Indian journal of veterinary science and animal husbandry - Volume 11,
Year: 1941
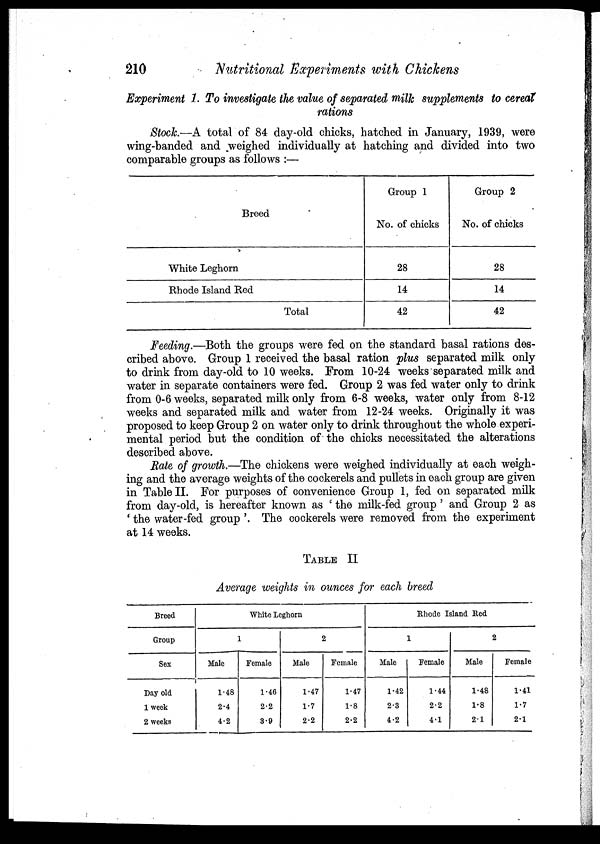
210
Nutritional Experiments with Chickens
Experiment 1. To investigate the value of separated milk supplements to cereal
rations
Stock—A total of 84 day-old chicks, hatched in January, 1939, were
wing-banded and weighed individually at hatching and divided into two
comparable groups as follows :—
Breed
White Leghorn
Rhode Island Red
Total
Group 1
No. of chicks
28
14
42
Group 2
No. of chicks
28
14
42
Feeding.—Both the groups were fed on the standard basal rations des-
cribed above. Group 1 received the basal ration plus separated milk only
to drink from day-old to 10 weeks. From 10-24 weeks separated milk and
water in separate containers were fed. Group 2 was fed water only to drink
from 0.6 weeks, separated milk only from 6-8 weeks, water only from 8.12
weeks and separated milk and water from 12.24 weeks. Originally it was
proposed to keep Group 2 on water only to drink throughout the whole experi-
mental period but the condition of the chicks necessitated the alterations
described above.
Rate of growth.—The chickens were weighed individually at each weigh-
ing and the average weights of the cockerels and pullets in each group are given
in Table II. For purposes of convenience Group 1, fed on separated milk
from day-old, is hereafter known as ' the milk-fed group ' and Group 2 as
' the water-fed group '. The cockerels were removed from the experiment
at 14 weeks.
TABLE II
Average weights in ounces for each breed
Breed
Group
Sex
Day old
1 week
2 weeks
White Leghorn
Male
1.48
2.4
4.2
1
Female
1.46
2.2
3.9
Male
1.47
1.7
2.2
2
Female
1.47
1.8
2.2
Rhode Island Red
Male
1.42
2.3
4.2
1
Female
1.44
2.2
4.1
Male
1.48
1.8
2.1
2
Female
1.41
1.7
2.1